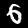
Digit: 6